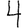
Digit: 4